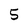
Character: 5